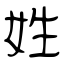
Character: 姓